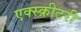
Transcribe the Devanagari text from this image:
एक्स्क्रीटरी